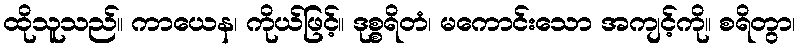
ထိုသူသည်။ ကာယေန၊ ကိုယ်ဖြင့်။ ဒုစ္စရိတံ၊ မကောင်းသော အကျင့်ကို။ စရိတွာ၊